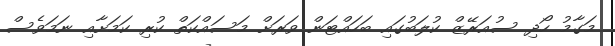
މަގާމު ހޯދި ސުއަރޭޒް ކުލަބުގައި ބަހައްޓަން ވަރަށް މަސައްކަތް ކުރި ކަމަށާއި ނަމަވެސް